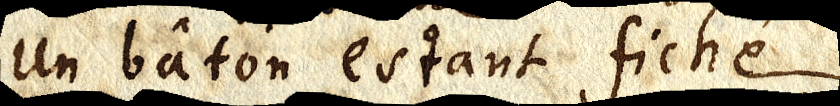
un bâton estant fiché